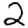
Digit: 2